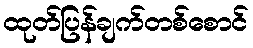
ထုတ်ပြန်ချက်တစ်စောင်